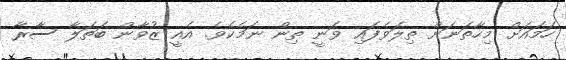
ހަމައަށް މިހާތަނަށް ތިލަވެފައި ވަނީ ތިން ނަމެކެވެ. އެއީ ޒުވާން ބަތަލާ ސާރާ